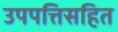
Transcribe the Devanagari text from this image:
उपपत्तिसहित